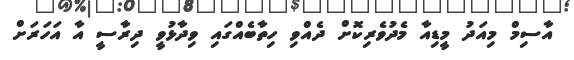
އާސިމް މިއަދު މީޑިއާ މެދުވެރިކޮށް ދެއްވި ހިތާބެއްގައި ވިދާޅުވީ ދިރާސީ އާ އަހަރަށް